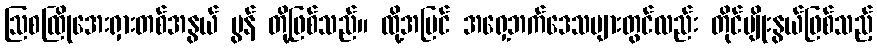
ဩစထြိုအေးရှားတစ်အနွယ် မွန် တို့ဖြစ်သည်။ ထို့အပြင် အရှေ့ဘက်ဒေသများတွင်လည်း တိုင်မျိုးနွယ်ဖြစ်သည့်